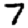
Digit: 7